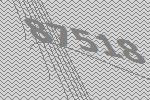
87518